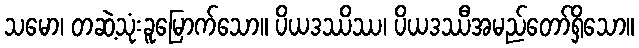
သမော၊ တဆဲ့သုံးခူမြောက်သော။ ပိယဒဿိဿ၊ ပိယဒဿီအမည်တော်ရှိသော။